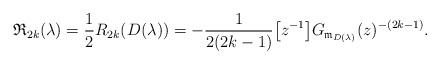
LaTeX: \begin{gather*}\mathfrak{R}_{2k}(\lambda)= \frac{1}{2} R_{2k}(D(\lambda))= -\frac{1}{2(2k-1)} \big[z^{-1}\big] G_{\mathfrak{m}_{D(\lambda)}} (z)^{-(2k-1)}.\end{gather*}